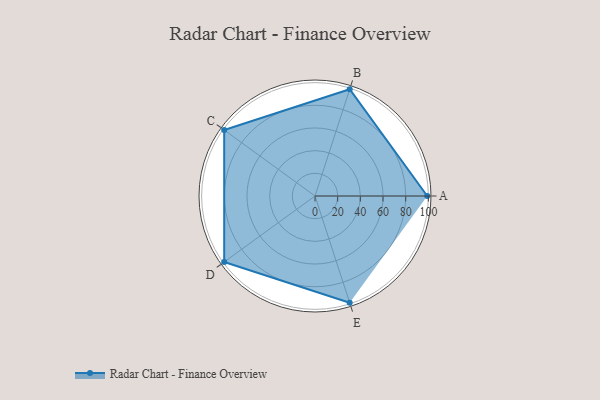
{"axis": {"x": "Skill", "y": "Score"}, "legend": ["Profile"], "data": [{"x": "A", "y": 99, "type": "Profile"}, {"x": "B", "y": 99, "type": "Profile"}, {"x": "C", "y": 99, "type": "Profile"}, {"x": "D", "y": 99, "type": "Profile"}, {"x": "E", "y": 99, "type": "Profile"}]}